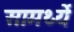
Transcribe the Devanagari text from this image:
सामर्थ्ये